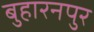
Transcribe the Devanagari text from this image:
बुहारनपुर